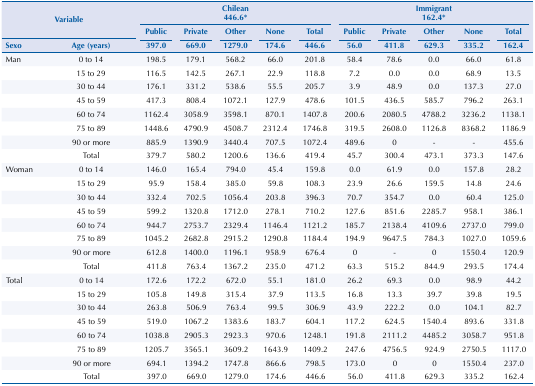
<table><thead><tr><td rowspan="3" colspan="2"><b>Variable</b></td><td colspan="5"><b>Chilean 446.6*</b></td><td colspan="5"><b>Immigrant 162.4*</b></td></tr><tr><td><b>Public</b></td><td><b>Private</b></td><td><b>Other</b></td><td><b>None</b></td><td><b>Total</b></td><td><b>Public</b></td><td><b>Private</b></td><td><b>Other</b></td><td><b>None</b></td><td><b>Total</b></td></tr><tr><td><b>Sexo</b></td><td><b>Age (years)</b></td><td><b>397.0</b></td><td><b>669.0</b></td><td><b>1279.0</b></td><td><b>174.6</b></td><td><b>446.6</b></td><td><b>56.0</b></td><td><b>411.8</b></td><td><b>629.3</b></td><td><b>335.2</b></td><td><b>162.4</b></td></tr></thead><tbody><tr><td>Man</td><td>0 to 14</td><td>198.5</td><td>179.1</td><td>568.2</td><td>66.0</td><td>201.8</td><td>58.4</td><td>78.6</td><td>0.0</td><td>66.0</td><td>61.8</td></tr><tr><td> </td><td>15 to 29</td><td>116.5</td><td>142.5</td><td>267.1</td><td>22.9</td><td>118.8</td><td>7.2</td><td>0.0</td><td>0.0</td><td>68.9</td><td>13.5</td></tr><tr><td> </td><td>30 to 44</td><td>176.1</td><td>331.2</td><td>538.6</td><td>55.5</td><td>205.7</td><td>3.9</td><td>48.9</td><td>0.0</td><td>137.3</td><td>27.0</td></tr><tr><td> </td><td>45 to 59</td><td>417.3</td><td>808.4</td><td>1072.1</td><td>127.9</td><td>478.6</td><td>101.5</td><td>436.5</td><td>585.7</td><td>796.2</td><td>263.1</td></tr><tr><td> </td><td>60 to 74</td><td>1162.4</td><td>3058.9</td><td>3598.1</td><td>870.1</td><td>1407.8</td><td>200.6</td><td>2080.5</td><td>4788.2</td><td>3236.2</td><td>1138.1</td></tr><tr><td> </td><td>75 to 89</td><td>1448.6</td><td>4790.9</td><td>4508.7</td><td>2312.4</td><td>1746.8</td><td>319.5</td><td>2608.0</td><td>1126.8</td><td>8368.2</td><td>1186.9</td></tr><tr><td> </td><td>90 or more</td><td>885.9</td><td>1390.9</td><td>3440.4</td><td>707.5</td><td>1072.4</td><td>489.6</td><td>0</td><td>-</td><td>-</td><td>455.6</td></tr><tr><td> </td><td>Total</td><td>379.7</td><td>580.2</td><td>1200.6</td><td>136.6</td><td>419.4</td><td>45.7</td><td>300.4</td><td>473.1</td><td>373.3</td><td>147.6</td></tr><tr><td>Woman</td><td>0 to 14</td><td>146.0</td><td>165.4</td><td>794.0</td><td>45.4</td><td>159.8</td><td>0.0</td><td>61.9</td><td>0.0</td><td>157.8</td><td>28.2</td></tr><tr><td> </td><td>15 to 29</td><td>95.9</td><td>158.4</td><td>385.0</td><td>59.8</td><td>108.3</td><td>23.9</td><td>26.6</td><td>159.5</td><td>14.8</td><td>24.6</td></tr><tr><td> </td><td>30 to 44</td><td>332.4</td><td>702.5</td><td>1056.4</td><td>203.8</td><td>396.3</td><td>70.7</td><td>354.7</td><td>0.0</td><td>60.4</td><td>125.0</td></tr><tr><td> </td><td>45 to 59</td><td>599.2</td><td>1320.8</td><td>1712.0</td><td>278.1</td><td>710.2</td><td>127.6</td><td>851.6</td><td>2285.7</td><td>958.1</td><td>386.1</td></tr><tr><td> </td><td>60 to 74</td><td>944.7</td><td>2753.7</td><td>2329.4</td><td>1146.4</td><td>1121.2</td><td>185.7</td><td>2138.4</td><td>4109.6</td><td>2737.0</td><td>799.0</td></tr><tr><td> </td><td>75 to 89</td><td>1045.2</td><td>2682.8</td><td>2915.2</td><td>1290.8</td><td>1184.4</td><td>194.9</td><td>9647.5</td><td>784.3</td><td>1027.0</td><td>1059.6</td></tr><tr><td> </td><td>90 or more</td><td>612.8</td><td>1400.0</td><td>1196.1</td><td>958.9</td><td>676.4</td><td>0</td><td>-</td><td>0</td><td>1550.4</td><td>120.9</td></tr><tr><td> </td><td>Total</td><td>411.8</td><td>763.4</td><td>1367.2</td><td>235.0</td><td>471.2</td><td>63.3</td><td>515.2</td><td>844.9</td><td>293.5</td><td>174.4</td></tr><tr><td>Total</td><td>0 to 14</td><td>172.6</td><td>172.2</td><td>672.0</td><td>55.1</td><td>181.0</td><td>26.2</td><td>69.3</td><td>0.0</td><td>98.9</td><td>44.2</td></tr><tr><td> </td><td>15 to 29</td><td>105.8</td><td>149.8</td><td>315.4</td><td>37.9</td><td>113.5</td><td>16.8</td><td>13.3</td><td>39.7</td><td>39.8</td><td>19.5</td></tr><tr><td> </td><td>30 to 44</td><td>263.8</td><td>506.9</td><td>763.4</td><td>99.5</td><td>306.9</td><td>43.9</td><td>222.2</td><td>0.0</td><td>104.1</td><td>82.7</td></tr><tr><td> </td><td>45 to 59</td><td>519.0</td><td>1067.2</td><td>1383.6</td><td>183.7</td><td>604.1</td><td>117.2</td><td>624.5</td><td>1540.4</td><td>893.6</td><td>331.8</td></tr><tr><td> </td><td>60 to 74</td><td>1038.8</td><td>2905.3</td><td>2923.3</td><td>970.6</td><td>1248.1</td><td>191.8</td><td>2111.2</td><td>4485.2</td><td>3058.7</td><td>951.8</td></tr><tr><td> </td><td>75 to 89</td><td>1205.7</td><td>3565.1</td><td>3609.2</td><td>1643.9</td><td>1409.2</td><td>247.6</td><td>4756.5</td><td>924.9</td><td>2750.5</td><td>1117.0</td></tr><tr><td> </td><td>90 or more</td><td>694.1</td><td>1394.2</td><td>1747.8</td><td>866.6</td><td>798.5</td><td>173.0</td><td>0</td><td>0</td><td>1550.4</td><td>237.0</td></tr><tr><td> </td><td>Total</td><td>397.0</td><td>669.0</td><td>1279.0</td><td>174.6</td><td>446.6</td><td>56.0</td><td>411.8</td><td>629.3</td><td>335.2</td><td>162.4</td></tr></tbody></table>